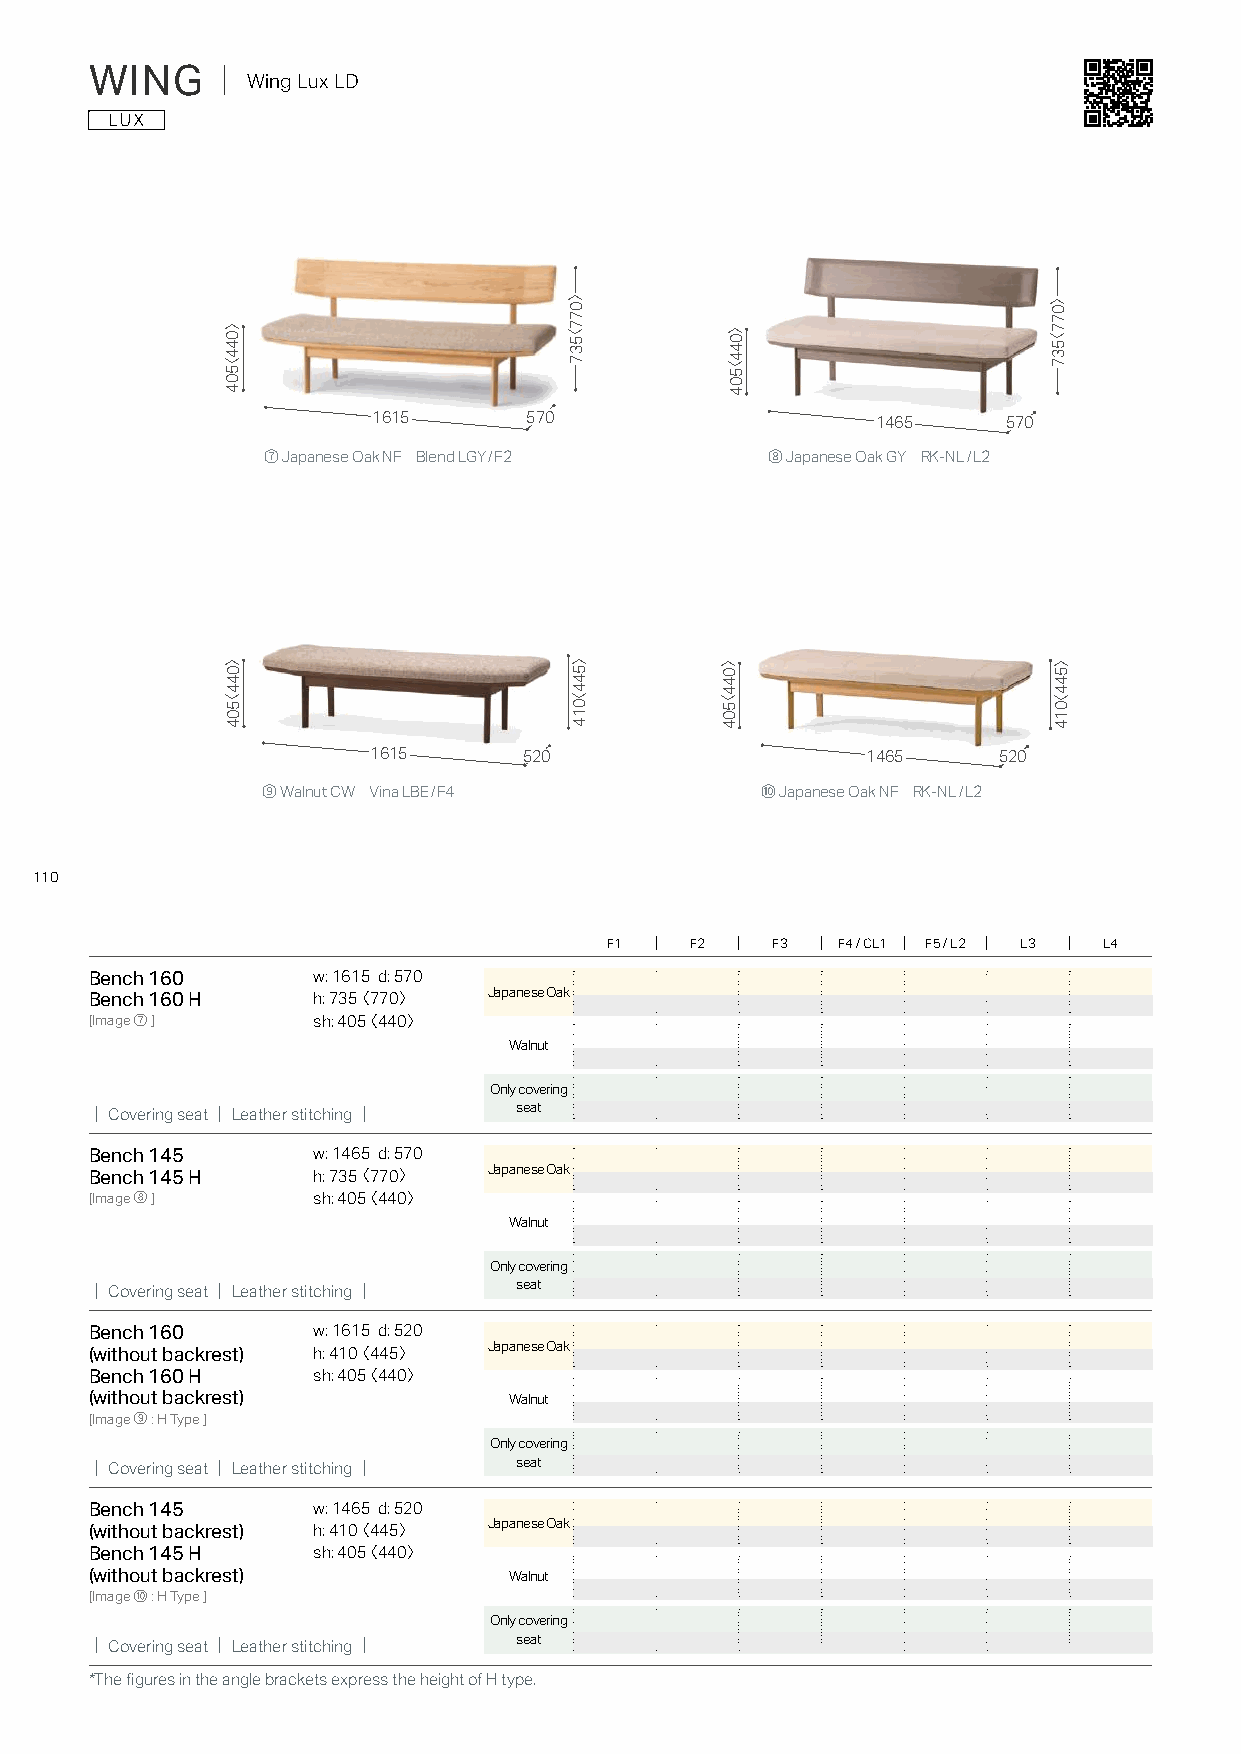
WING    ｜ Wing Lux LD
 1615      570                    1465     570
 ⑦ Japanese Oak NF Blend LGY/F2    ⑧ Japanese Oak GY RK-NL/L2
 1615       520                   1465     520
 ⑨ Walnut CW Vina LBE/F4          ⑩ Japanese Oak NF RK-NL/L2
 110
 F1    F2   F3  F4 / CL1 F5 / L2 L3 L4
 Bench 160      w: 1615 d: 570
 Japanese Oak
 Bench 160 H    h: 735〈 770〉
 [Image⑦]       sh: 405〈 440〉
 Walnut
 Only covering
 seat
 ｜Covering seat｜Leather stitching｜
 Bench 145      w: 1465 d: 570
 Japanese Oak
 Bench 145 H    h: 735〈 770〉
 [Image⑧]       sh: 405〈 440〉
 Walnut
 Only covering
 seat
 ｜Covering seat｜Leather stitching｜
 Bench 160      w: 1615 d: 520
 Japanese Oak
 (without backrest) h: 410〈 445〉
 Bench 160 H    sh: 405〈 440〉
 (without backrest)          Walnut
 [Image⑨: H Type ]
 Only covering
 seat
 ｜Covering seat｜Leather stitching｜
 Bench 145      w: 1465 d: 520
 Japanese Oak
 (without backrest) h: 410〈 445〉
 Bench 145 H    sh: 405〈 440〉
 (without backrest)          Walnut
 [Image⑩: H Type ]
 Only covering
 seat
 ｜Covering seat｜Leather stitching｜
 *The figures in the angle brackets express the height of H type.
 〉044〈504
 〉044〈504
 〉077〈537
 〉544〈014
 〉044〈504
 〉044〈504
 〉077〈537
 〉544〈014